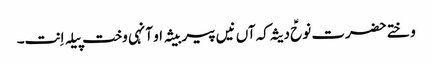
وختے حضرت نوحؑ دیثہ کہ آں نیں پیر بیثہ او آنہی وخت پیلہ اِنت۔